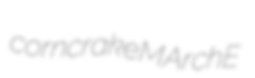
corncrake MArchE